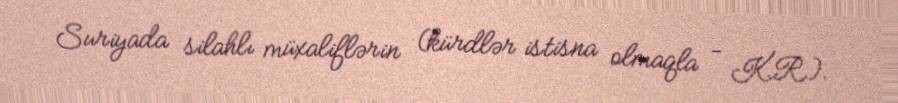
Suriyada silahlı müxaliflərin (kürdlər istisna olmaqla - K.R.).